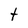
Character: t